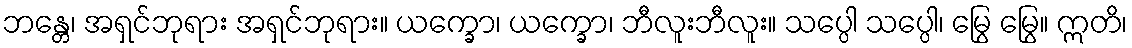
ဘန္တေ၊ အရှင်ဘုရား အရှင်ဘုရား။ ယက္ခော၊ ယက္ခော၊ ဘီလူးဘီလူး။ သပ္ပေါ သပ္ပေါ၊ မြွေ မြွေ။ ဣတိ၊